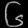
Digit: ၆